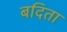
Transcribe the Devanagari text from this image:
बदिता